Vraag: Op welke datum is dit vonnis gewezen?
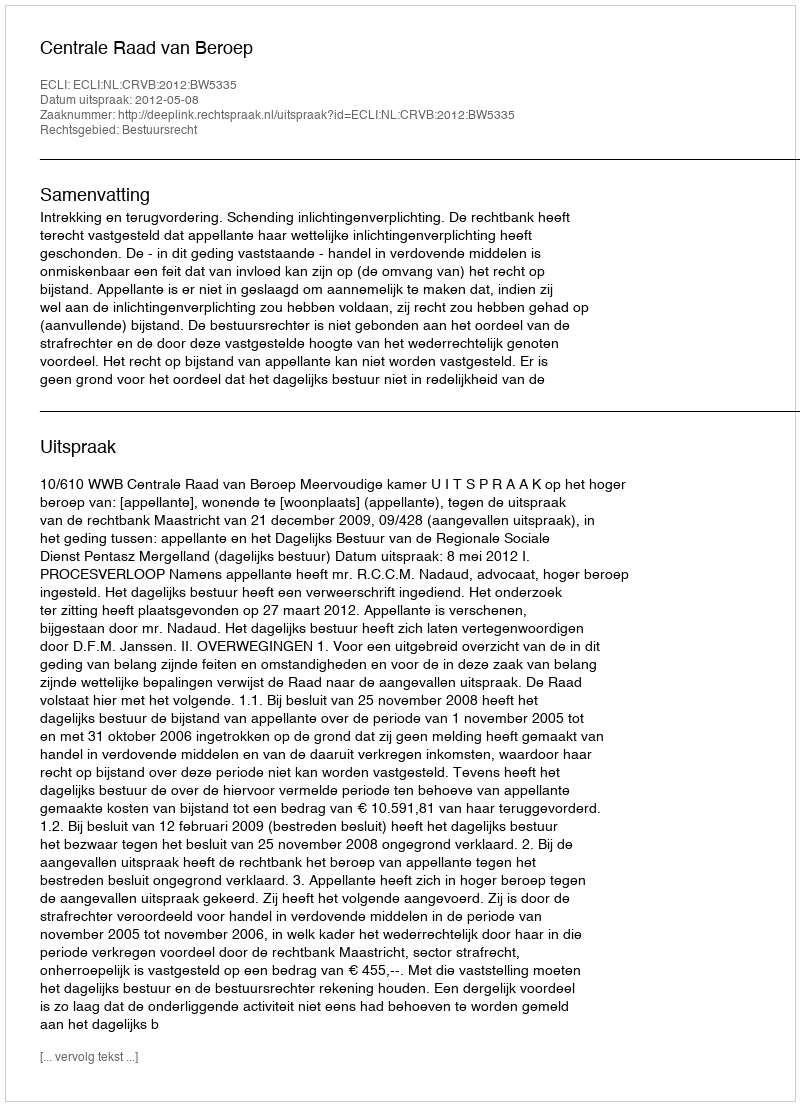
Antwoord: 2012-05-08